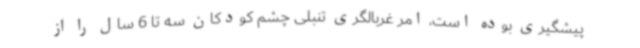
پیشگیری بوده است، امر غربالگری تنبلی چشم کودکان سه تا 6 سال را از